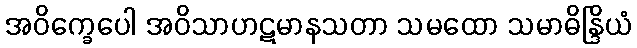
အဝိက္ခေပေါ အဝိသာဟဋမာနသတာ သမထော သမာဓိန္ဒြိယံ